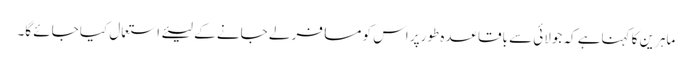
ماہرین کا کہناہے کہ جولائی سے باقاعدہ طورپر اس کو مسافر لے جانے کے لیئے استعمال کیا جائے گا۔